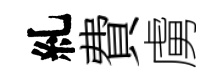
糺費虜